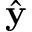
\hat { \bf y }